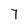
Character: 7